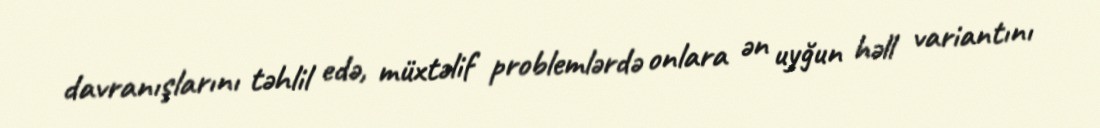
davranışlarını təhlil edə, müxtəlif problemlərdə onlara ən uyğun həll variantını